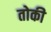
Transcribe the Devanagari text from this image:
तोकी